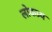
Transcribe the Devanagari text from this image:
लोकप्र्य